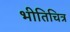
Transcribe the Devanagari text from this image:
भीतिचित्र